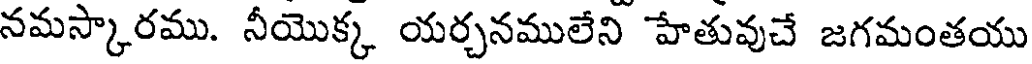
నమస్కారము. నీయొక్క యర్చనములేని హేతువుచే జగమంతయు